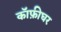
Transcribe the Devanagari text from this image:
कॉफ़ीघर